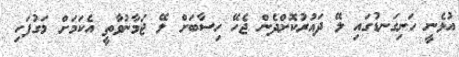
އުޅެނީ ހަށިގަނޑުގައި ލޭ ދައުރުކޮށްދެން ޖެހޭ ހިސާބަށް ލޭ ޖަމާނުވާތީ އެކަމަށް މަގުފަހި